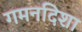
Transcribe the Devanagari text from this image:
गमनदिशा